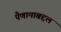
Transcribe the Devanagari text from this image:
पैणामाबद्दल